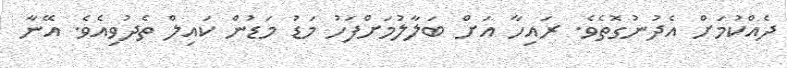
ދެއްކުމަށް އެދުނުގޮތެވެ. ރައިހާ އަށް ބަލާލުމަށްފަހު މަޑު މަޑުން ކައިލް ތެދުވިއެވެ. އޭނާ